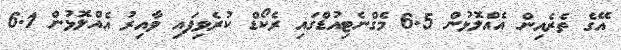
އޭގެ ތެރެއިން އެއްލޮޅުން 6.5 މެގްނެޓިއުޑްގައި ރެކޯޑް ކުރެވިފައި ވާއިރު އެއްލޮޅުން 6.1